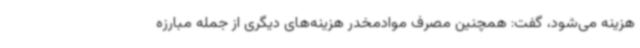
هزینه می‌شود، گفت: همچنین مصرف موادمخدر هزینه‌های دیگری از جمله مبارزه